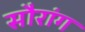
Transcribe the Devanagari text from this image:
सौरांग